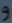
9